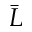
\bar { L }